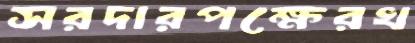
সরদারপক্ষেরখ